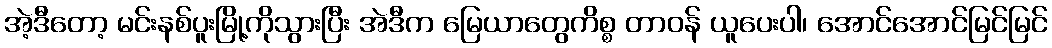
အဲ့ဒီတော့ မင်းနစ်ပူးမြို့ကိုသွားပြီး အဲဒီက မြေယာတွေကိစ္စ တာဝန် ယူပေးပါ၊ အောင်အောင်မြင်မြင်